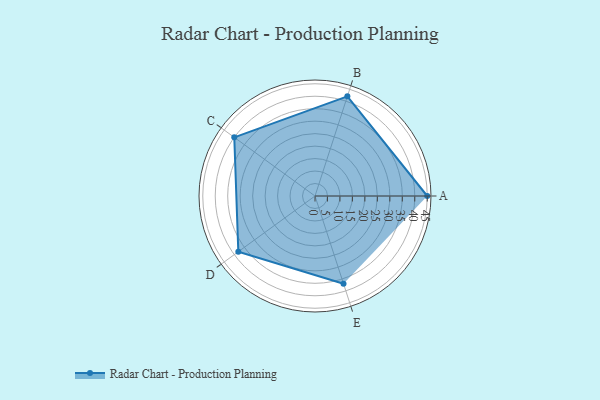
{"axis": {"x": "Skill", "y": "Score"}, "legend": ["Profile"], "data": [{"x": "A", "y": 45.0, "type": "Profile"}, {"x": "B", "y": 42.0, "type": "Profile"}, {"x": "C", "y": 40.0, "type": "Profile"}, {"x": "D", "y": 38.0, "type": "Profile"}, {"x": "E", "y": 37.0, "type": "Profile"}]}